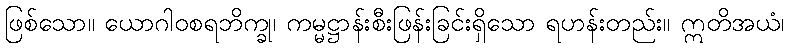
ဖြစ်သော။ ယောဂါဝစရဘိက္ခု၊ ကမ္မဋ္ဌာန်းစီးဖြန်းခြင်းရှိသော ရဟန်းတည်း။ ဣတိအယံ၊